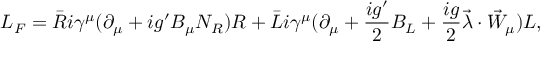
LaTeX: { \cal L } _ { F } = \bar { R } i \gamma ^ { \mu } ( \partial _ { \mu } + i g ^ { \prime } B _ { \mu } N _ { R } ) R + \bar { L } i \gamma ^ { \mu } ( \partial _ { \mu } + \frac { i g ^ { \prime } } { 2 } B _ { L } + \frac { i g } { 2 } \vec { \lambda } \cdot \vec { W } _ { \mu } ) L ,